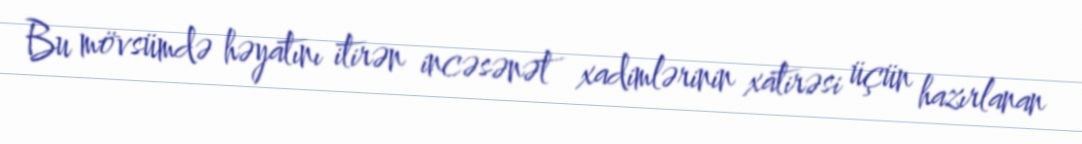
Bu mövsümdə həyatını itirən incəsənət xadimlərinin xatirəsi üçün hazırlanan